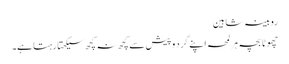
روبینہ شاہین
چھوٹا بچہ ہر لمحہ اپنے گرد و پیش سے کچھ نہ کچھ سیکھتا رہتا ہے۔